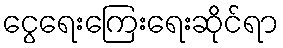
ငွေရေးကြေးရေးဆိုင်ရာ